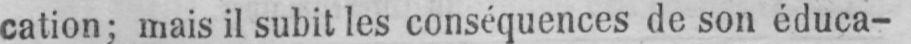
cation; mais il subit les conséquences de son éduca-